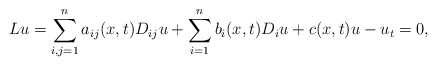
\begin{align*}Lu = \sum_{i,j=1}^n a_{ij}(x,t) D_{ij} u + \sum_{i=1}^n b_i(x,t) D_i u +c(x,t)u - u_t = 0,\end{align*}